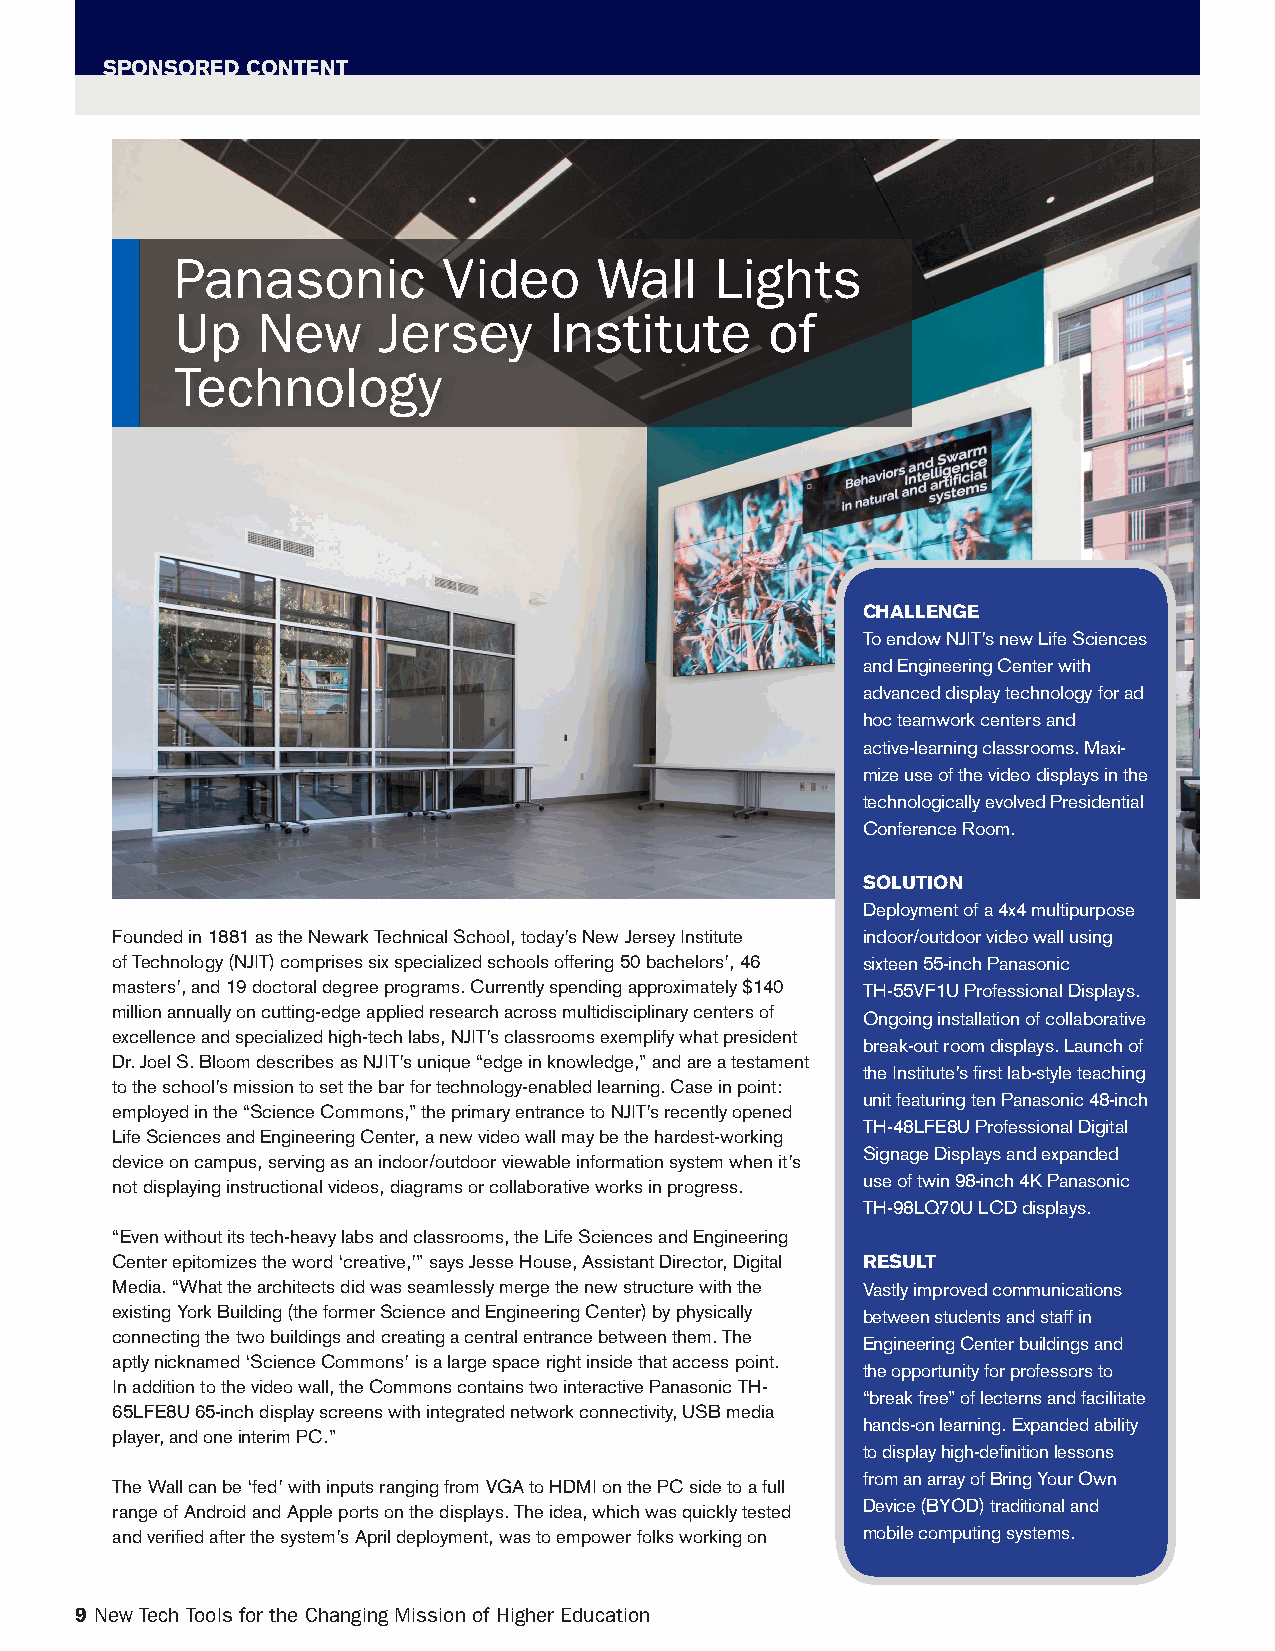
SPONSORED CONTENT
 Panasonic        Video      Wall   Lights
 Up   New     Jersey     Institute      of
 Technology
 CHALLENGE
 To endow NJIT’s new Life Sciences
 and Engineering Center with
 advanced display technology for ad
 hoc teamwork centers and
 active-learning classrooms. Maxi-
 mize use of the video displays in the
 technologically evolved Presidential
 Conference Room.
 SOLUTION
 Deployment of a 4x4 multipurpose
 Founded in 1881 as the Newark Technical School, today’s New Jersey Institute indoor/outdoor video wall using
 of Technology (NJIT) comprises six specialized schools offering 50 bachelors’, 46 sixteen 55-inch Panasonic
 masters’, and 19 doctoral degree programs. Currently spending approximately $140 TH-55VF1U Professional Displays.
 million annually on cutting-edge applied research across multidisciplinary centers of
 Ongoing installation of collaborative
 excellence and specialized high-tech labs, NJIT’s classrooms exemplify what president
 break-out room displays. Launch of
 Dr. Joel S. Bloom describes as NJIT’s unique “edge in knowledge,” and are a testament
 the Institute’s first lab-style teaching
 to the school’s mission to set the bar for technology-enabled learning. Case in point:
 unit featuring ten Panasonic 48-inch
 employed in the “Science Commons,” the primary entrance to NJIT’s recently opened
 TH-48LFE8U Professional Digital
 Life Sciences and Engineering Center, a new video wall may be the hardest-working
 Signage Displays and expanded
 device on campus, serving as an indoor/outdoor viewable information system when it’s
 not displaying instructional videos, diagrams or collaborative works in progress. use of twin 98-inch 4K Panasonic
 TH-98LQ70U LCD displays.
 “Even without its tech-heavy labs and classrooms, the Life Sciences and Engineering
 Center epitomizes the word ‘creative,’” says Jesse House, Assistant Director, Digital RESULT
 Media. “What the architects did was seamlessly merge the new structure with the Vastly improved communications
 existing York Building (the former Science and Engineering Center) by physically between students and staff in
 connecting the two buildings and creating a central entrance between them. The
 Engineering Center buildings and
 aptly nicknamed ‘Science Commons’ is a large space right inside that access point.
 the opportunity for professors to
 In addition to the video wall, the Commons contains two interactive Panasonic TH-
 “break free” of lecterns and facilitate
 65LFE8U 65-inch display screens with integrated network connectivity, USB media
 hands-on learning. Expanded ability
 player, and one interim PC.”
 to display high-definition lessons
 from an array of Bring Your Own
 The Wall can be ‘fed’ with inputs ranging from VGA to HDMI on the PC side to a full
 range of Android and Apple ports on the displays. The idea, which was quickly tested Device (BYOD) traditional and
 and verified after the system’s April deployment, was to empower folks working on mobile computing systems.
 9 New Tech Tools for the Changing Mission of Higher Education